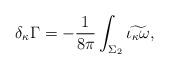
LaTeX: \begin{align*}\delta_{\kappa}\Gamma=-{{1}\over{8\pi}}\int_{\Sigma_2}\widetilde{\iota_\kappa\omega},\end{align*}